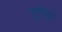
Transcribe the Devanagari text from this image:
पूर्णभूत